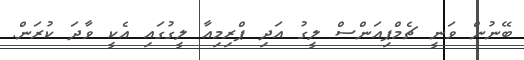
ބޭނުން ވަނީ ޗެމްޕިއަންސް ލީގު އަދި ޕްރިމިއާ ލީގުގައި އެކީ ވާދަ ކުރަން.